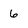
Character: 6